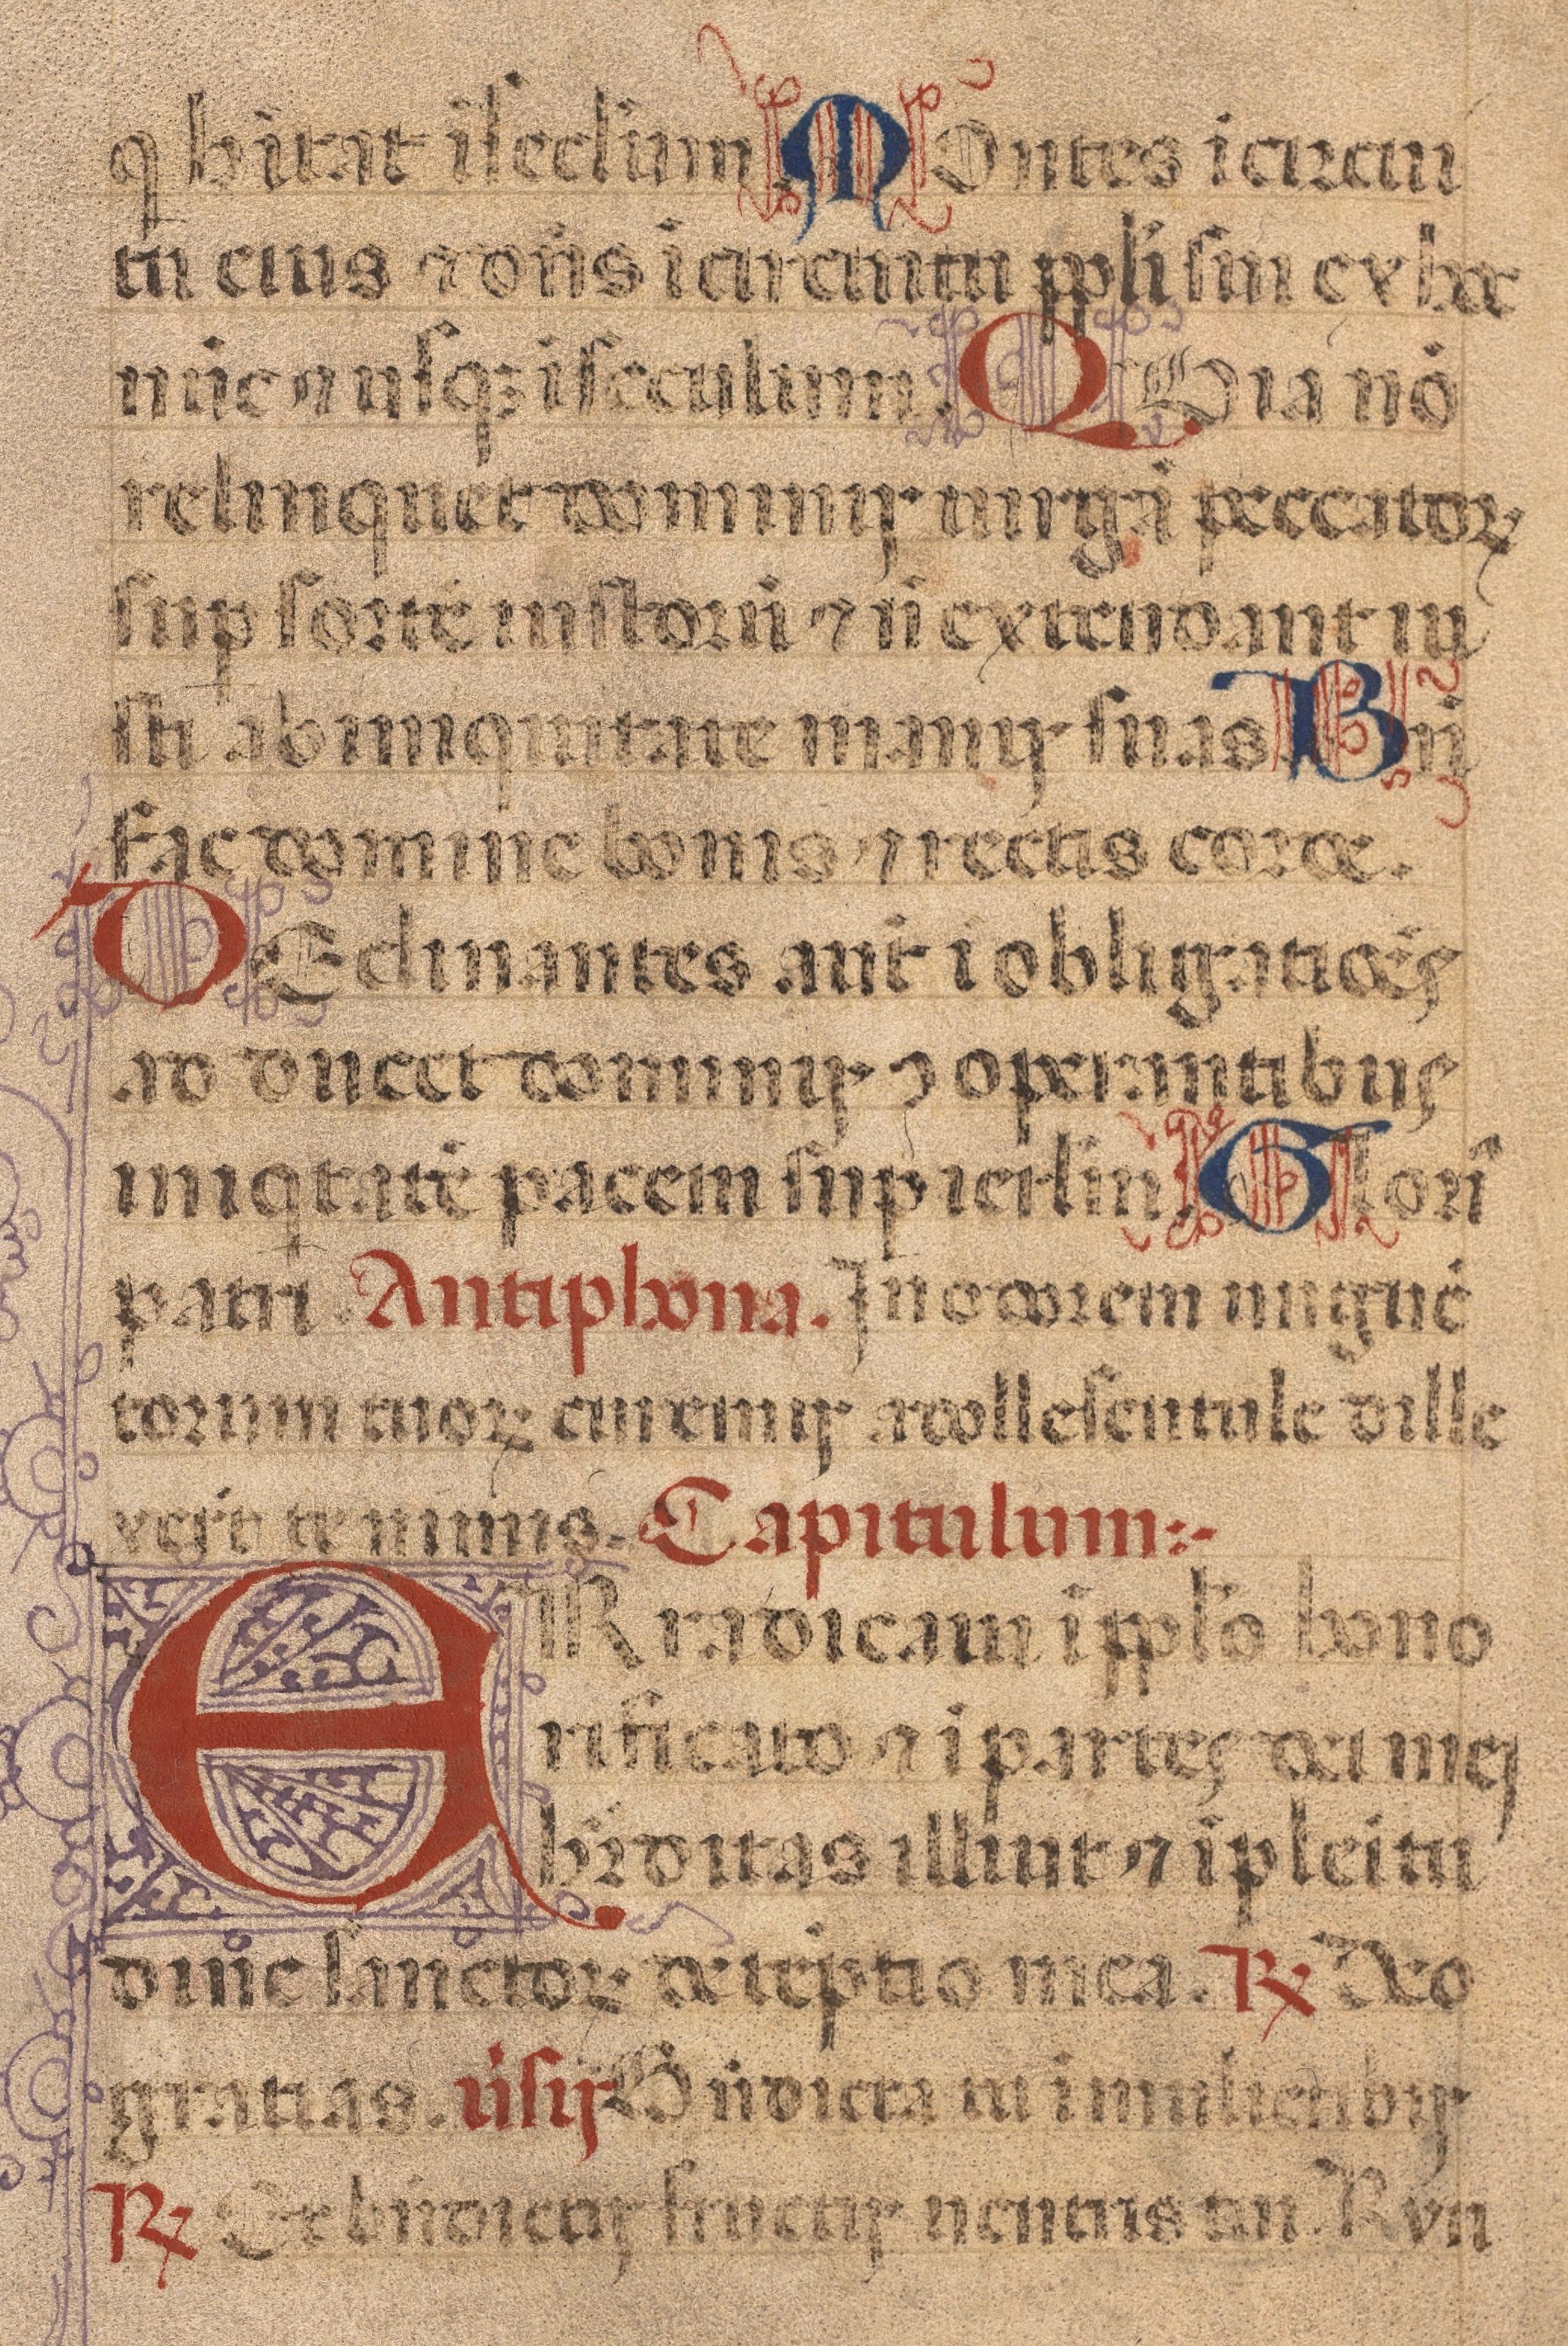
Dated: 1450–1484